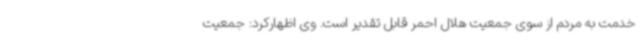
خدمت به مردم از سوی جمعیت هلال احمر قابل تقدیر است. وی اظهارکرد: جمعیت